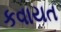
કવાયત